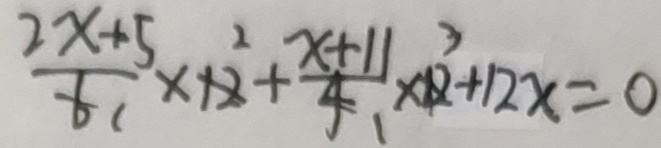
\frac { 2 x + 5 } { 6 } \times 1 2 + \frac { x + 1 1 } { 4 } \times 1 2 + 1 2 x = 0